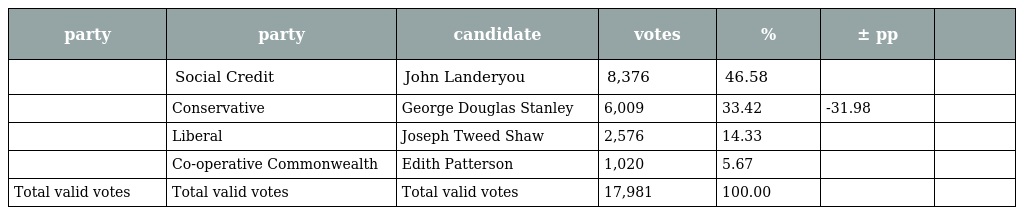
| party | party | candidate | votes | % | ± pp |  |
 | --- | --- | --- | --- | --- | --- | --- |
 |  | Social Credit | John Landeryou | 8,376 | 46.58 |  |  |
 |  | Conservative | George Douglas Stanley | 6,009 | 33.42 | -31.98 |  |
 |  | Liberal | Joseph Tweed Shaw | 2,576 | 14.33 |  |  |
 |  | Co-operative Commonwealth | Edith Patterson | 1,020 | 5.67 |  |  |
 | Total valid votes | Total valid votes | Total valid votes | 17,981 | 100.00 |  |  |